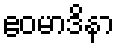
ဧဝမာဒိနာ